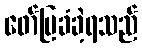
ဖော်ပြခံခဲ့ရသည်